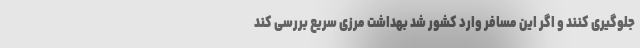
جلوگیری کنند و اگر این مسافر وارد کشور شد بهداشت مرزی سریع بررسی کند